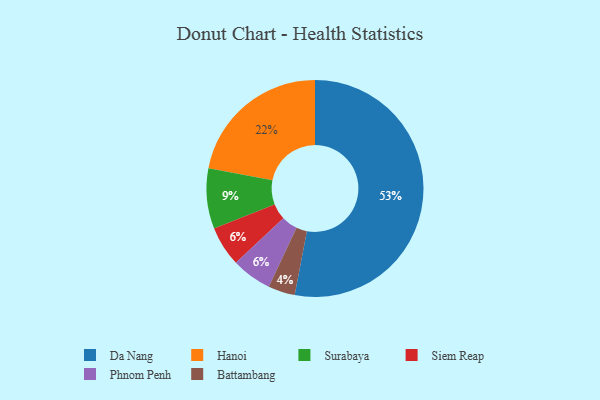
{"axis": {"x": "Category", "y": "Percentage"}, "legend": ["Battambang", "Da Nang", "Hanoi", "Phnom Penh", "Siem Reap", "Surabaya"], "data": [{"x": "Battambang", "y": 4, "type": "Battambang"}, {"x": "Siem Reap", "y": 6, "type": "Siem Reap"}, {"x": "Surabaya", "y": 9, "type": "Surabaya"}, {"x": "Hanoi", "y": 22, "type": "Hanoi"}, {"x": "Phnom Penh", "y": 6, "type": "Phnom Penh"}, {"x": "Da Nang", "y": 53, "type": "Da Nang"}]}